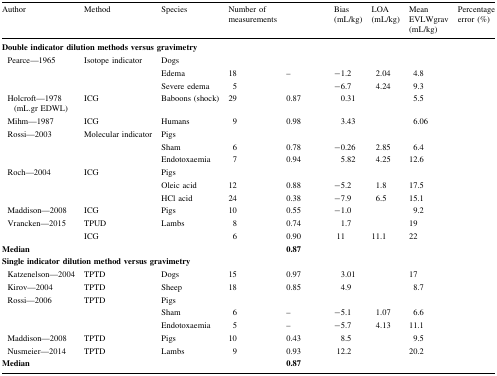
<table><thead><tr><td><b>Author</b></td><td><b>Method</b></td><td><b>Species</b></td><td><b>Number of measurements</b></td><td>[EMPTY_CELL]</td><td><b>Bias (mL/kg)</b></td><td><b>LOA (mL/kg)</b></td><td><b>Mean EVLWgrav (mL/kg)</b></td><td><b>Percentage error (%)</b></td></tr></thead><tbody><tr><td colspan="9"><b>Double indicator dilution methods versus gravimetry</b></td></tr><tr><td rowspan="3"> Pearce—1965</td><td rowspan="3">Isotope indicator</td><td colspan="7">Dogs</td></tr><tr><td>Edema</td><td>18</td><td>–</td><td>−1.2</td><td>2.04</td><td>4.8</td><td>[EMPTY_CELL]</td></tr><tr><td>Severe edema</td><td>5</td><td>[EMPTY_CELL]</td><td>−6.7</td><td>4.24</td><td>9.3</td><td>[EMPTY_CELL]</td></tr><tr><td> Holcroft—1978 (mL.gr EDWL)</td><td>ICG</td><td>Baboons (shock)</td><td>29</td><td>0.87</td><td>0.31</td><td>[EMPTY_CELL]</td><td>5.5</td><td>[EMPTY_CELL]</td></tr><tr><td> Mihm—1987</td><td>ICG</td><td>Humans</td><td>9</td><td>0.98</td><td>3.43</td><td>[EMPTY_CELL]</td><td>6.06</td><td>[EMPTY_CELL]</td></tr><tr><td rowspan="3"> Rossi—2003</td><td rowspan="3">Molecular indicator</td><td colspan="7">Pigs</td></tr><tr><td>Sham</td><td>6</td><td>0.78</td><td>−0.26</td><td>2.85</td><td>6.4</td><td>[EMPTY_CELL]</td></tr><tr><td>Endotoxaemia</td><td>7</td><td>0.94</td><td>5.82</td><td>4.25</td><td>12.6</td><td>[EMPTY_CELL]</td></tr><tr><td rowspan="3"> Roch—2004</td><td rowspan="3">ICG</td><td colspan="7">Pigs</td></tr><tr><td>Oleic acid</td><td>12</td><td>0.88</td><td>−5.2</td><td>1.8</td><td>17.5</td><td>[EMPTY_CELL]</td></tr><tr><td>HCl acid</td><td>24</td><td>0.38</td><td>−7.9</td><td>6.5</td><td>15.1</td><td>[EMPTY_CELL]</td></tr><tr><td> Maddison—2008</td><td>ICG</td><td>Pigs</td><td>10</td><td>0.55</td><td>−1.0</td><td>[EMPTY_CELL]</td><td>9.2</td><td>[EMPTY_CELL]</td></tr><tr><td rowspan="2"> Vrancken—2015</td><td>TPUD</td><td rowspan="2">Lambs</td><td>8</td><td>0.74</td><td>1.7</td><td>[EMPTY_CELL]</td><td>19</td><td>[EMPTY_CELL]</td></tr><tr><td>ICG</td><td>6</td><td>0.90</td><td>11</td><td>11.1</td><td>22</td><td>[EMPTY_CELL]</td></tr><tr><td><b>Median</b></td><td>[EMPTY_CELL]</td><td>[EMPTY_CELL]</td><td>[EMPTY_CELL]</td><td><b>0.87</b></td><td>[EMPTY_CELL]</td><td>[EMPTY_CELL]</td><td>[EMPTY_CELL]</td><td>[EMPTY_CELL]</td></tr><tr><td colspan="9"><b>Single indicator dilution method versus gravimetry</b></td></tr><tr><td> Katzenelson—2004</td><td>TPTD</td><td>Dogs</td><td>15</td><td>0.97</td><td>3.01</td><td>[EMPTY_CELL]</td><td>17</td><td>[EMPTY_CELL]</td></tr><tr><td> Kirov—2004</td><td>TPTD</td><td>Sheep</td><td>18</td><td>0.85</td><td>4.9</td><td>[EMPTY_CELL]</td><td>8.7</td><td>[EMPTY_CELL]</td></tr><tr><td rowspan="3"> Rossi—2006</td><td rowspan="3">TPTD</td><td colspan="7">Pigs</td></tr><tr><td>Sham</td><td>6</td><td>–</td><td>−5.1</td><td>1.07</td><td>6.6</td><td>[EMPTY_CELL]</td></tr><tr><td>Endotoxaemia</td><td>5</td><td>–</td><td>−5.7</td><td>4.13</td><td>11.1</td><td>[EMPTY_CELL]</td></tr><tr><td> Maddison—2008</td><td>TPTD</td><td>Pigs</td><td>10</td><td>0.43</td><td>8.5</td><td>[EMPTY_CELL]</td><td>9.5</td><td>[EMPTY_CELL]</td></tr><tr><td> Nusmeier—2014</td><td>TPTD</td><td>Lambs</td><td>9</td><td>0.93</td><td>12.2</td><td>[EMPTY_CELL]</td><td>20.2</td><td>[EMPTY_CELL]</td></tr><tr><td><b>Median</b></td><td>[EMPTY_CELL]</td><td>[EMPTY_CELL]</td><td>[EMPTY_CELL]</td><td><b>0.87</b></td><td>[EMPTY_CELL]</td><td>[EMPTY_CELL]</td><td>[EMPTY_CELL]</td><td>[EMPTY_CELL]</td></tr></tbody></table>